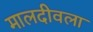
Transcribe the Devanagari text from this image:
मालदीवला